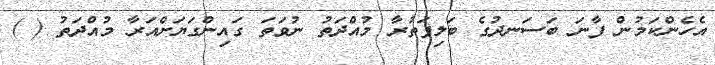
އެހެންކަމުން ފާނަ ބަސަނދުގެ ބަލިފަތުރާ މުއްދަތު ނުވަތަ ގައިންގަޔަށްއަރާ މުއްދަތު ( )